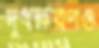
দুধক্ষরণও